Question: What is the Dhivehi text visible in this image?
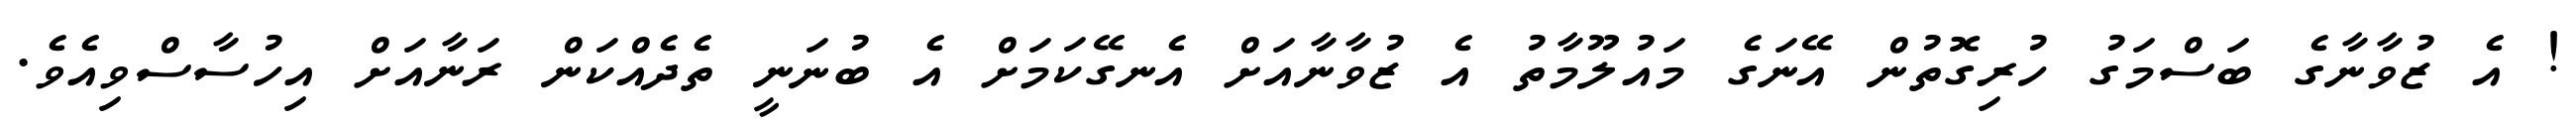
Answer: ! އެ ޒުވާނާގެ ބަސްމަގު ހުރިގޮތުން އޭނަގެ މައުލޫމާތު އެ ޒުވާނާއަށް އެނގޭކަމަށް އެ ބުނަނީ ތެދެއްކަން ރަނާއަށް އިހުސާސްވިއެވެ.